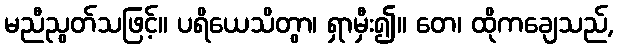
မညီညွတ်သဖြင့်။ ပရိယေသိတွာ၊ ရှာမှီး၍။ တေ၊ ထိုကချေသည်,